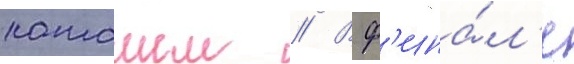
каташем // В ф'ина́л'е